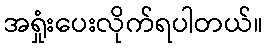
အရှုံးပေးလိုက်ရပါတယ်။